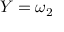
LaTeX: Y = \omega _ { 2 }